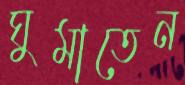
ঘুমাতেন